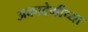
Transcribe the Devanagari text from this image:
अकादेमीच्या